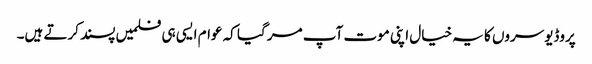
پروڈیوسروں کا یہ خیال اپنی موت آپ مر گیا کہ عوام ایسی ہی فلمیں پسند کرتے ہیں۔